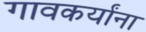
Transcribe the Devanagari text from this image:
गावकर्यांना